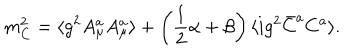
m _ { C } ^ { 2 } = \langle g ^ { 2 } A _ { \mu } ^ { a } A _ { \mu } ^ { a } \rangle + \left( { \frac { 1 } { 2 } } \alpha + \beta \right) \langle i g ^ { 2 } \bar { C } ^ { a } C ^ { a } \rangle .